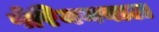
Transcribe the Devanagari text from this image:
पेरिययवाल